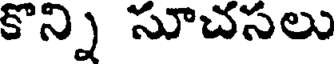
కొన్ని సూచసలు